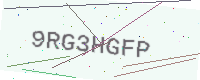
Text: 9RG3HGFP